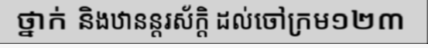
ថ្នាក់ និងឋានន្តរស័ក្តិ ដល់ចៅក្រម១២៣